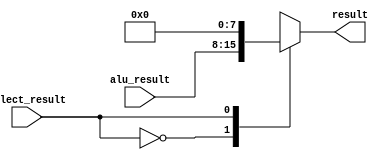
module result_mux (
	input select_result,
	input [7:0] alu_result,
	output reg [7:0] result
);

	always @(*) begin
		case(select_result) 
			1'b0: result = alu_result;
			1'b1: result = 8'b0;
		endcase
	end		
endmodule